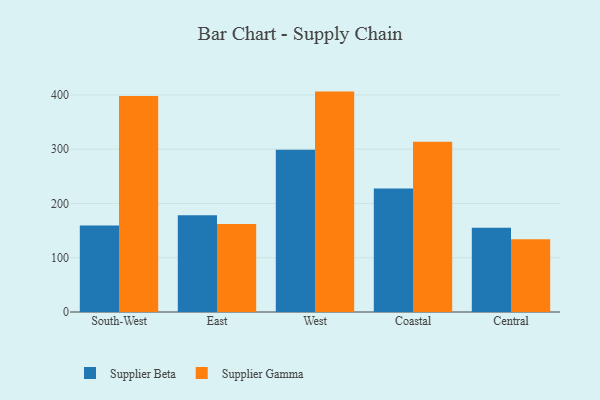
{"axis": {"x": "Region", "y": "Conversion Rate (%)"}, "legend": ["Supplier Beta", "Supplier Gamma"], "data": [{"x": "South-West", "y": 159.3, "type": "Supplier Beta"}, {"x": "South-West", "y": 398.1, "type": "Supplier Gamma"}, {"x": "East", "y": 178.3, "type": "Supplier Beta"}, {"x": "East", "y": 162.0, "type": "Supplier Gamma"}, {"x": "West", "y": 298.8, "type": "Supplier Beta"}, {"x": "West", "y": 406.2, "type": "Supplier Gamma"}, {"x": "Coastal", "y": 227.6, "type": "Supplier Beta"}, {"x": "Coastal", "y": 313.9, "type": "Supplier Gamma"}, {"x": "Central", "y": 155.5, "type": "Supplier Beta"}, {"x": "Central", "y": 134.1, "type": "Supplier Gamma"}]}